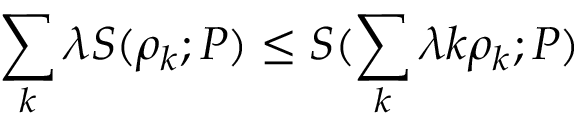
\sum _ { k } \lambda S ( \rho _ { k } ; P ) \le S ( \sum _ { k } \lambda k \rho _ { k } ; P )